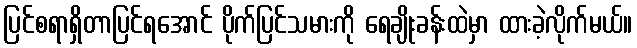
ပြင်စရာရှိတာပြင်ရအောင် ပိုက်ပြင်သမားကို ရေချိုးခန်းထဲမှာ ထားခဲ့လိုက်မယ်။